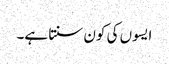
ایسوں کی کون سنتا ہے۔